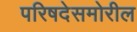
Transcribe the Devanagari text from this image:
परिषदेसमोरील